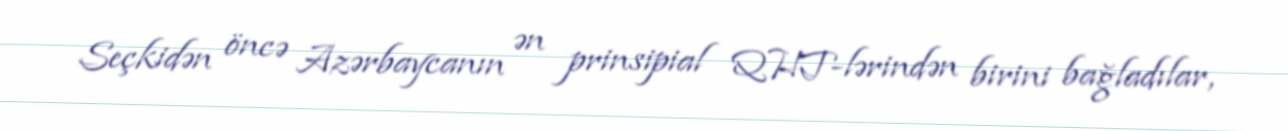
Seçkidən öncə Azərbaycanın ən prinsipial QHT-lərindən birini bağladılar,